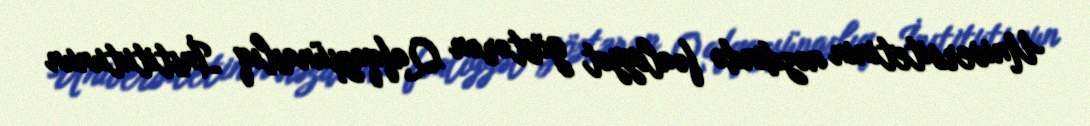
Universitetinin nəzdində fəaliyyət göstərən Qafqazşünaslıq İnstitutunun